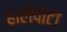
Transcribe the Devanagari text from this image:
हालेपोटो